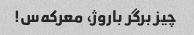
چیز برگر باروژ، معرکه‌س!